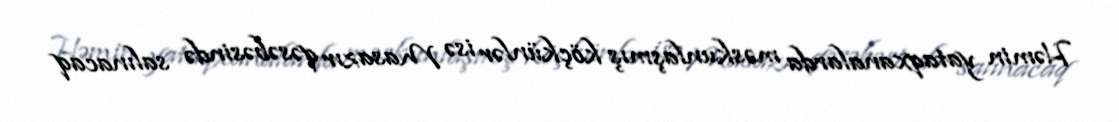
Həmin yataqxanalarda məskunlaşmış köçkünlər isə Masazır qəsəbəsində salınacaq